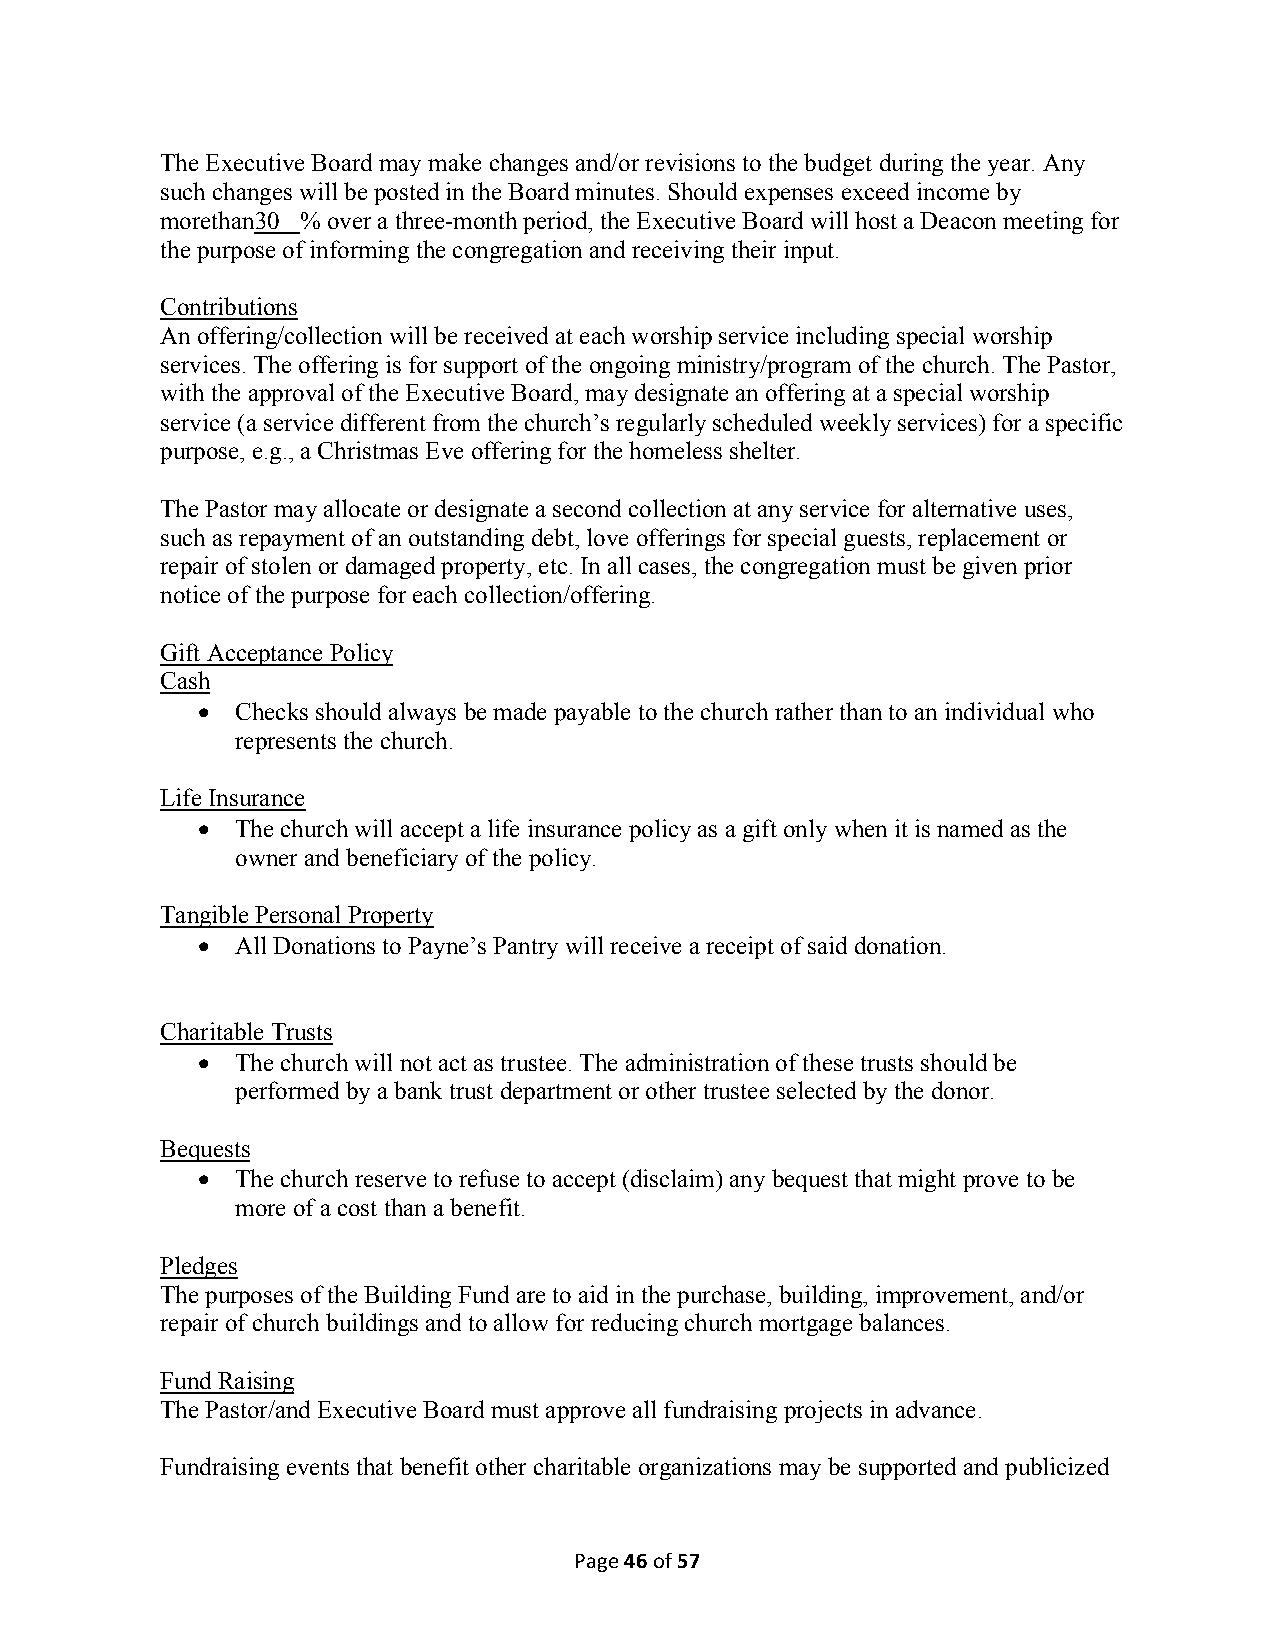
The Executive Board may make changes and/or revisions to the budget during the year. Any
 such changes will be posted in the Board minutes. Should expenses exceed income by
 morethan30 % over a three-month period, the Executive Board will host a Deacon meeting for
 the purpose of informing the congregation and receiving their input.
 Contributions
 An offering/collection will be received at each worship service including special worship
 services. The offering is for support of the ongoing ministry/program of the church. The Pastor,
 with the approval of the Executive Board, may designate an offering at a special worship
 service (a service different from the church’s regularly scheduled weekly services) for a specific
 purpose, e.g., a Christmas Eve offering for the homeless shelter.
 The Pastor may allocate or designate a second collection at any service for alternative uses,
 such as repayment of an outstanding debt, love offerings for special guests, replacement or
 repair of stolen or damaged property, etc. In all cases, the congregation must be given prior
 notice of the purpose for each collection/offering.
 Gift Acceptance Policy
 Cash
 •  Checks should always be made payable to the church rather than to an individual who
 represents the church.
 Life Insurance
 •  The church will accept a life insurance policy as a gift only when it is named as the
 owner and beneficiary of the policy.
 Tangible Personal Property
 •  All Donations to Payne’s Pantry will receive a receipt of said donation.
 Charitable Trusts
 •  The church will not act as trustee. The administration of these trusts should be
 performed by a bank trust department or other trustee selected by the donor.
 Bequests
 •  The church reserve to refuse to accept (disclaim) any bequest that might prove to be
 more of a cost than a benefit.
 Pledges
 The purposes of the Building Fund are to aid in the purchase, building, improvement, and/or
 repair of church buildings and to allow for reducing church mortgage balances.
 Fund Raising
 The Pastor/and Executive Board must approve all fundraising projects in advance.
 Fundraising events that benefit other charitable organizations may be supported and publicized
 Page 46 of 57